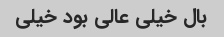
بال خیلی عالی بود خیلی